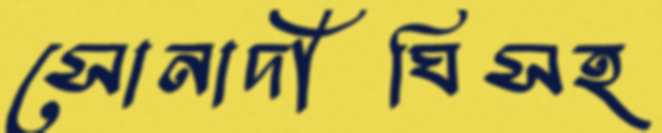
সোনাদীঘিসহ